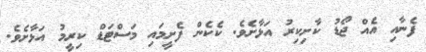
ފެނާއި އެއް ޖޯޑު ކާށިކިރު އަޅާށެވެ. ކެކެން ފެށީމައި މަސްޓަޑް ކިރީމު އަޅާށެވެ.